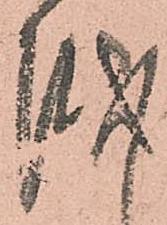
越